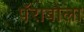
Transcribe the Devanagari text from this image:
पॅराबोला